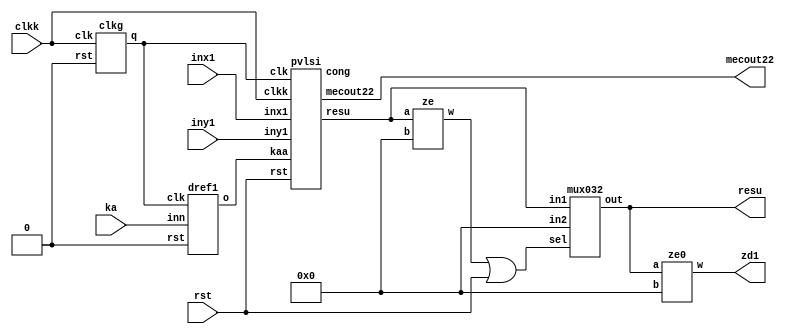

/*-------------------------------------------------------------------------------------------------------------------------------------------------------------------------------------
fadd_sub is the main program
assume clk=2*clkk if clk is 20 then clkk is 10
wirttern in quartus by velmurugan v.m
if any review please mail to velmuruganvm15in@gmail.com
-------------------------------------------------------------------------------------------------------------------------------------------------------------------------------------*/



module fadd_sub(inx1,iny1,ka,clkk,rst,resu,mecout22,zd1);
input[31:0]inx1,iny1;


//module vlsi(ka,clkk,rst,resu,mecout22,zd1);
//wire[31:0]inx1,iny1;
//assign inx1=32'b00111111100000000000000000000000;
//assign iny1=32'b01100001101111000111001100100010;

input clkk,rst;
wire clk;
input ka;
wire kaa,kas;
//mux zxqa(1'b0,clk,rst,kas);
output[31:0]resu;
wire [31:0]presu;
output mecout22;
wire cong,w;
output zd1;
wire xw;
assign xw=w|rst;

clkg a1(clkk,1'b0,clk);
dref1 ada(ka,clk,1'b0,kaa);
//pvlsi p1(inx1,iny1,ka,clk,clkk,rst,resu,mecout22,cong);
pvlsi p1(inx1,iny1,kaa,clk,clkk,rst,presu,mecout22,cong);
ze hj(presu[31:0],32'b00000000000000000000000000000000,w);
mux032 fin(presu,32'b00000000000000000000000000000000,xw,resu);
ze0 zsa(resu,32'b00000000000000000000000000000000,zd1);
endmodule

/*------------------------------------------------------------------------------------------------------------------------------------------------------------
supporting programs
----------------------------------------------------------------------------------------------------------------------------------------------*/





module ze0(a,b,w);
input[31:0]a,b;
wire[31:0]q;
output w;
wire ww;
assign q[31:0]=a[31:0]^b[31:0];
assign ww = q[0] | q[1] | q[2] | q[3] | q[4] | q[5] | q[6] | q[7] | q[8] | q[9] | q[10] | q[11] | q[12] | q[13] | q[14] | q[15] | q[16] | q[17] | q[18] | q[19] | q[20] | q[21] | q[22] | q[23] | q[24] | q[25] | q[26] | q[27] | q[28] | q[29] | q[30] |q[31];

assign w=~ww;
endmodule

/*-----------------------------------------------------------------------------------------------------------------------------------------------------------------------------------------------------------
------------------------------------------------------------------------------------------------------------------------------------------------------------------------------------------------------------------------*/

module pvlsi(inx1,iny1,kaa,clk,clkk,rst,resu,mecout22,cong);
//module pvlsi(inx1,iny1,kaa,clk,clkk,rst,resu,mecout22,cong,presu);

input[31:0]inx1,iny1;
input clk,clkk,rst;
input kaa;
wire ka;
//assign ka=kaa&~rst;
assign ka=kaa;
output [31:0]resu;
output mecout22;
wire [31:0]pfin,pfin1;
wire [23:0]pn;
wire [23:0]fout1;
wire[7:0]exo;
wire [7:0]sa;
wire q7;
wire nex;
wire ow1,ow2;
wire wk;// xor sign bits

wire co1;//control shifting in normalizer
assign co1=~wk&mecout22|ow2;

assign ow2=~wk&ow1;
wire q5,q3;

wire [7:0]sumw;
wire sigm;
wire acc;
wire ft;
output cong;
assign cong=acc|ft;
wire [31:0]ppresu,zx1;
wire [31:0]presu;
wire wq1,wq2;
wire cwq;
assign cwq=wq1|wq2;
wire mcout;


wire [31:0]sy1,resu1;
wire sc=iny1[31]^ka;
assign sy1[31:0]={sc,iny1[30:0]};
wire mc;
wire nex1;
//wire nex2;//wire or output
wire nexxx;
wire nexx2;
assign nexxx=nexx2;
assign wk=inx1[31]^sc;
mux zxq(1'b0,clk,rst,nex1);
assign nexx2=nex|nex1;
//assign mecout22=mc&~rst;
assign mecout22=mc;
vlsis av (inx1,sy1,ka,clk,clkk,rst,q5,q3,pn[23:0],exo,mc,q7,nex,ow1,sigm);
anvlsi a2(pn[23:0],nexx2,rst,co1,fout1,sumw,acc,ft);
adsu8 a3(exo,sumw,wk,sa,mcout);
assign pfin1={sigm,sa[7:0],fout1[22:0]};
mux032 fd(inx1[31:0],sy1[31:0],wq1,zx1[31:0]);
ze zw1 (inx1[31:0],32'b00000000000000000000000000000000,wq1);
ze zw2 (iny1[31:0],32'b00000000000000000000000000000000,wq2);

wire cong1,cong1n;
assign cong1=cong|cwq;
assign cong1n=cong1&~rst;
mux032 fin0(pfin1,zx1[31:0],cwq,presu);
//wire hk,kh;
//ze z1(presu,31'b0000000000000000000000000000000,kh);
//assign hk=cong1|kh;
mux032 fin(32'b00000000000000000000000000000000,presu,cong1,resu);
//mux032 fina(resu1,32'b00000000000000000000000000000000,rst,resu);
endmodule


/*-----------------------------------------------------------------------------------------------------------------------------------------------------------------------------------------------------------
assume clk=2*clkk if clk is 20 then clkk is 10
------------------------------------------------------------------------------------------------------------------------------------------------------------------------------------------------------------------------*/


module mux(in1,in2,sel,out);
input in1,in2,sel;
output out;
wire a,b,c;
assign a=in2&sel;
assign b=~sel;
assign c=in1&b;
assign out=(a|c);
endmodule
module mux032(in1,in2,sel,out);
input[31:0]in2,in1;
input sel;
output[31:0]out;
mux m31(in1[31],in2[31],sel,out[31]);
mux m30(in1[30],in2[30],sel,out[30]);
mux m29(in1[29],in2[29],sel,out[29]);
mux m28(in1[28],in2[28],sel,out[28]);
mux m27(in1[27],in2[27],sel,out[27]);
mux m26(in1[26],in2[26],sel,out[26]);
mux m25(in1[25],in2[25],sel,out[25]);
mux m24(in1[24],in2[24],sel,out[24]);
mux m23(in1[23],in2[23],sel,out[23]);
mux m22(in1[22],in2[22],sel,out[22]);
mux m21(in1[21],in2[21],sel,out[21]);
mux m20(in1[20],in2[20],sel,out[20]);
mux m19(in1[19],in2[19],sel,out[19]);
mux m18(in1[18],in2[18],sel,out[18]);
mux m17(in1[17],in2[17],sel,out[17]);
mux m16(in1[16],in2[16],sel,out[16]);
mux m15(in1[15],in2[15],sel,out[15]);
mux m14(in1[14],in2[14],sel,out[14]);
mux m13(in1[13],in2[13],sel,out[13]);
mux m12(in1[12],in2[12],sel,out[12]);
mux m11(in1[11],in2[11],sel,out[11]);
mux m10(in1[10],in2[10],sel,out[10]);
mux m9(in1[9],in2[9],sel,out[9]);
mux m8(in1[8],in2[8],sel,out[8]);
mux m7(in1[7],in2[7],sel,out[7]);
mux m6(in1[6],in2[6],sel,out[6]);
mux m5(in1[5],in2[5],sel,out[5]);
mux m4(in1[4],in2[4],sel,out[4]);
mux m3(in1[3],in2[3],sel,out[3]);
mux m2(in1[2],in2[2],sel,out[2]);
mux m1(in1[1],in2[1],sel,out[1]);
mux m0(in1[0],in2[0],sel,out[0]);
endmodule

module mux23(in1,in2,sel,out);
input[25:0]in1;
input[25:0]in2;
input sel;
output[25:0]out;
//mux m32(in1[32],in2[32],sel,out[32]);
//mux m31(in1[31],in2[31],sel,out[31]);
//mux m30(in1[30],in2[30],sel,out[30]);
//mux m29(in1[29],in2[29],sel,out[29]);
//mux m28(in1[28],in2[28],sel,out[28]);
//mux m27(in1[27],in2[27],sel,out[27]);
//mux m26(in1[26],in2[26],sel,out[26]);
mux m25(in1[25],in2[25],sel,out[25]);
mux m24(in1[24],in2[24],sel,out[24]);
mux m23(in1[23],in2[23],sel,out[23]);
mux m22(in1[22],in2[22],sel,out[22]);
mux m21(in1[21],in2[21],sel,out[21]);
mux m20(in1[20],in2[20],sel,out[20]);
mux m19(in1[19],in2[19],sel,out[19]);
mux m18(in1[18],in2[18],sel,out[18]);
mux m17(in1[17],in2[17],sel,out[17]);
mux m16(in1[16],in2[16],sel,out[16]);
mux m15(in1[15],in2[15],sel,out[15]);
mux m14(in1[14],in2[14],sel,out[14]);
mux m13(in1[13],in2[13],sel,out[13]);
mux m12(in1[12],in2[12],sel,out[12]);
mux m11(in1[11],in2[11],sel,out[11]);
mux m10(in1[10],in2[10],sel,out[10]);
mux m9(in1[9],in2[9],sel,out[9]);
mux m8(in1[8],in2[8],sel,out[8]);
mux m7(in1[7],in2[7],sel,out[7]);
mux m6(in1[6],in2[6],sel,out[6]);
mux m5(in1[5],in2[5],sel,out[5]);
mux m4(in1[4],in2[4],sel,out[4]);
mux m3(in1[3],in2[3],sel,out[3]);
mux m2(in1[2],in2[2],sel,out[2]);
mux m1(in1[1],in2[1],sel,out[1]);
mux m0(in1[0],in2[0],sel,out[0]);
endmodule
module muxm23(in1,in2,sel,out,ow);
input[22:0]in1;
input[25:0]in2;
input sel;
output[25:0]out;
input ow;
wire ooz;
mux mw(1'b1,1'b0,ow,ooz);
//mux m31(1'b0,in2[32],sel,out[32]);
//mux m30(1'b0,in2[31],sel,out[31]);
//mux m29(1'b0,in2[30],sel,out[30]);
//mux m28(1'b0,in2[29],sel,out[29]);
//mux m27(1'b0,in2[28],sel,out[28]);
//mux m26(1'b0,in2[27],sel,out[27]);
//mux m25(1'b0,in2[26],sel,out[26]);
mux m24(1'b0,in2[25],sel,out[25]);
mux m23(ooz,in2[24],sel,out[24]);
mux m22(in1[22],in2[23],sel,out[23]);
mux m21(in1[21],in2[22],sel,out[22]);
mux m20(in1[20],in2[21],sel,out[21]);
mux m19(in1[19],in2[20],sel,out[20]);
mux m18(in1[18],in2[19],sel,out[19]);
mux m17(in1[17],in2[18],sel,out[18]);
mux m16(in1[16],in2[17],sel,out[17]);
mux m15(in1[15],in2[16],sel,out[16]);
mux m14(in1[14],in2[15],sel,out[15]);
mux m13(in1[13],in2[14],sel,out[14]);
mux m12(in1[12],in2[13],sel,out[13]);
mux m11(in1[11],in2[12],sel,out[12]);
mux m10(in1[10],in2[11],sel,out[11]);
mux m9(in1[9],in2[10],sel,out[10]);
mux m8(in1[8],in2[9],sel,out[9]);
mux m7(in1[7],in2[8],sel,out[8]);
mux m6(in1[6],in2[7],sel,out[7]);
mux m5(in1[5],in2[6],sel,out[6]);
mux m4(in1[4],in2[5],sel,out[5]);
mux m3(in1[3],in2[4],sel,out[4]);
mux m2(in1[2],in2[3],sel,out[3]);
mux m1(in1[1],in2[2],sel,out[2]);
mux m0(in1[0],in2[1],sel,out[1]);
mux m00(1'b0,in2[0],sel,out[0]);
endmodule
module unshift(x1,a,clk,rst,sel,selc,out,ow);//main shift module
input [22:0]x1;
input a,clk,rst,sel,selc,ow;
output[23:0]out;

wire[25:0] mu;
wire[25:0] mu1;
assign mu1[25:0]={a,mu[25:1]};//{in,rreg[22:1]} {rreg[21:0],in}

wire [25:0]rnex1;
wire [25:0]rnex1a;
wire [25:0]rnex2;
wire [25:0]oo;
assign rnex1a[25:0]={rnex1[24:0],a};
mux23 a1(mu,mu1,~sel,rnex1);
mux23 a2(rnex1,rnex1a,sel,rnex2);
dref d1(rnex2,clk,rst,oo);
muxm23 a3(x1,oo,selc,mu,ow);
assign out[23:0]=mu[23:0];
endmodule
module dref(inn,clk,rst,o);
input [25:0]inn;
input clk,rst;
//wire rst;
output [25:0]o;
reg [25:0]o;
always @(posedge clk)
begin 
if (rst)
begin
o<=25'b0000000000000000000000000;
end
else
begin
o<=inn;
end 
end
endmodule
module dref1(inn,clk,rst,o);
input inn;
input clk,rst;
//wire rst;
output o;
reg o;
always @(posedge clk)
begin 
if (rst)
begin
o<=1'b0;
end
else
begin
o<=inn;
end 
end
endmodule
/*//this is to test working of shift-module
module vlsi (x1,a,clk,rst,sel,selc,out);
input [22:0]x1;
input a,clk,rst,sel,selc;
output[22:0]out;
unshift mo (23'b10011101001010101010010,a,clk,rst,sel,selc,out);
endmodule
*/
//---------------------------------------------------------------------------
// clock generating module 
//---------------------------------------------------------------------------
module comp(am1,bm1,iou);// a should be higher value
input [7:0]am1;
input [7:0]bm1;
//output om1;
wire ou;
output iou;
wire fn1,fn2,fn3,fn4,fn5;
wire f1,f2,f3,f4,f5,f6,f7,f8;
wire f0;
assign f0=~(am1[0]^bm1[0]);

assign f1=~(am1[1]^bm1[1]);
assign f2=~(am1[2]^bm1[2]);
assign f3=~(am1[3]^bm1[3]);
assign f4=~(am1[4]^bm1[4]);
assign f5=~(am1[5]^bm1[5]);
assign f6=~(am1[6]^bm1[6]);
assign f7=~(am1[7]^bm1[7]);
wire [7:0]ai;
wire [7:0]l;
assign ai[0]=~am1[0];
assign ai[1]=~am1[1];
assign ai[2]=~am1[2];
assign ai[3]=~am1[3];
assign ai[4]=~am1[4];
assign ai[5]=~am1[5];
assign ai[6]=~am1[6];
assign ai[7]=~am1[7];

assign l[0]=bm1[7] & ai[7];
assign l[1]=f7&bm1[6] & ai[6];
assign l[2]=f7&f6&bm1[5] & ai[5];
assign l[3]=f7&f6&f5&bm1[4] & ai[4];
assign l[4]=f7&f6&f5&f4&bm1[3] & ai[3];
assign l[5]=f7&f6&f5&f4&f3&bm1[2] & ai[2];
assign l[6]=f7&f6&f5&f4&f3&f2&bm1[1] & ai[1];
assign l[7]=f7&f6&f5&f4&f3&f2&f1&bm1[0] & ai[0];
wire la1,la2,la3;
assign la1=~(l[0]|l[1]|l[2]|l[3]|l[4]|l[5]|l[6]|l[7]);
assign la3=la1;
assign iou=la3;																																	//assign l[1]=f3 & bm1[2] & ai[2];																																//assign l[2]=f3 & f2 & bm1[1] & ai[1];																																//assign l[3]=f3 & f2 & f1 & bm1[0] & ai[0]
endmodule

module vlsic(
//module fadd_sub(
    Clk,
    reset,
    UpOrDown,  
    sumw
    );
	 input Clk,reset,UpOrDown;
	 output [7:0]sumw;
   countem m1(Clk,reset,UpOrDown,sumw);
endmodule




module countem(clk,rst,upd,sumw);
input clk,rst,upd;
output [7:0]sumw;
wire [7:0]in1,in2;
wire mcout;
adsu8 a1(in1,8'b00000001,upd,in2,mcout);
dref18 a2(in2,clk,rst,in1);
assign sumw=in1;
endmodule


module subm (ba1,clkk,upd,oz
,sumv
);
//module check (ba1,clkk,upd,oz
//,sumv
//);
wire [7:0]inp;
input [7:0]ba1;
input clkk,upd;
output oz;
output [7:0]sumv ;//for checking
wire rst;
comp c1(inp[7:0],ba1[7:0],rst);
vlsic a2(clkk,rst,upd,inp[7:0]);
assign oz=rst;
assign sumv[7:0]=inp[7:0];  //for checking
endmodule

module defl(inn,clk,rst,o);
input inn;
input clk,rst;
//wire rst;
output o;
reg o;
always @( posedge clk)
begin 
if (rst)
begin
o<=1'b0;
end
else
begin
o<=inn;
end 
end
endmodule
//fsm

module fsm
 (
  input rst,
  input clk,
  input x,
  output sy
);
wire a,aa,b,c,d,e,f,d1,d2,y1,y2;
wire sd1,sd2,sd3,sd4,sd5,sd6;
wire my;
wire reset,rst1;
assign reset=rst1|rst;
mux am1(x,1'b0,reset,a);
dref1 ad1(d1,clk,reset,y1);
dref1 rd1(sy,clk,reset,rst1);
dref1 ad2(d2,clk,reset,y2);
assign sd1=y1&~y2&~a;
assign sd2=y2&~y1&~a;
assign sd3=a&~y1&~y2;
wire sd7;
assign sd7=a&y2&~y1;

assign sd4=y1&a&~y2;
assign sd5=y1&~y2&~a;
assign sd6=y1&y2&~a;
wire mq,mq1;
wire y3,y4;
assign mq=y2&y1&~a;
assign mq1=y3&y4&~a;
assign my=mq1|mq;
assign d1=sd1|sd2;
assign d2=sd3|sd4|sd5|sd6|sd7;

dref1 bd1(y1,clk,reset,y3);
dref1 bd2(y2,clk,reset,y4);
mux am2(my,1'b0,reset,sy);
endmodule

module conm ( clk,set, reset, q);
input  clk;
  input  set;
  input reset;
  output  q;

  reg q;

  always @(posedge clk) begin
    if (set)
      q <= 1'b1;
    else if (reset)
      q <= 1'b0;
  end

endmodule
module cmux8(in1,in2,sel,out);
input[7:0]in1;
input[7:0]in2;
input sel;
output[7:0]out;
mux m7(in1[7],in2[7],sel,out[7]);
mux m6(in1[6],in2[6],sel,out[6]);
mux m5(in1[5],in2[5],sel,out[5]);
mux m4(in1[4],in2[4],sel,out[4]);
mux m3(in1[3],in2[3],sel,out[3]);
mux m2(in1[2],in2[2],sel,out[2]);
mux m1(in1[1],in2[1],sel,out[1]);
mux m0(in1[0],in2[0],sel,out[0]);
endmodule
///



module cge(im,clk,clkk,rst,upd,mou,q3,q5,nex1,q7,ow1);
//module vlsi(im,clk,clkk,rst,upd,mou,out,q1,q0,c1,out1,rstt,copo1,q2,q3,cop,copo3,q4,q5,c2,copo4,c3,c4,q6,q7,op2,nex);
input[7:0]im;
input clk,clkk,rst,upd;
output mou;
output nex1;
output q3,q5,q7;
output ow1;

//
wire out1,rstt;
wire[7:0]summ;
wire out;
wire q1;
wire q0;
wire[7:0]c1;
wire [7:0]c2;
wire [7:0]c3;
wire cop;

wire ow;



assign ow1=~ow;
wire [7:0]imm;
wire we;
assign we=q7|ow1;
wire df;

wire m1;
wire er;
assign er=q5^ow1;
wire op1;
wire mout;
//output copo1,copo2,copo3,copo4;//cop output
wire copo1,copo3,copo4;//cop output
wire q2;
wire q4;
wire [7:0]c4;
wire op2;
//
wire q6;
//
assign df=copo1;

//
assign cop=out;//copy out
//assign mout=copo4;
mux ma1a1(1'b1,1'b0,rstt,out1);
subm s1(c1,clk,upd,rstt,summ[7:0]);
mux mm1(out1,1'b0,clk,out); // very long clock signal
fsm fs0(rst,clkk,out,q0);
conm ma1(clkk,q0,rst,q1); //s1
cmux8 cm1(8'b00000001,c2,q1,c1);
mux m2(cop,1'b0,~q1,copo1);// donot change invert position
//
fsm f1(rst,clkk,copo1,q2);
conm ma2(clkk,q2,rst,q3); //s1
//mux m3(copo1,1'b0,q3,copo2);
//
//take copo1
mux m4(copo1,1'b0,~q3,copo3);
cmux8 cm2(8'b00000001,c3,q3,c2);
//
fsm f2(rst,clkk,copo3,q4);
conm ma3(clkk,q4,rst,q5); //s2
//
mux m5(copo1,1'b0,~q5,copo4);//can be q5 or q4
expr wes(8'b00000000,im,ow);
cmux8 cm24(im,8'b00011010,ow1,imm);
cmux8 cm3(imm,c4,q5,c3);


//
wire copo5;
assign copo5=copo4;
fsm ff2(rst,clkk,copo5,q6);
conm mad3(clkk,q6,rst,q7); //s3

cmux8 cm224(8'b00011010,8'b00000000,we,c4);

//

mux m50(df,1'b0,er,m1);
defl dfg(1'b1,clkk,rst,op1);
mux mw(m1,op1,ow1,op2);

//mux mi(mm,1'b0,q3,m1);//can be q5 or q4
assign mou=op2;
wire nex,mq;
assign nex=copo3;
mux mw0a(1'b1,q5,~ow1,mq);
mux mw1a(1'b0,nex,mq,nex1);
endmodule

/*---------------------------------------------------------------------------------------------------------------------//
clock cycle generator finished take copo4 and q3
-----------------------------------------------------------------------------------------------------------------------*/
module cges(in,im,clk,clkk,rst,out,q3,q5,q7,nex,ow1);//cges
input[22:0]in;
input[7:0]im;
input clk,clkk,rst;
output[23:0]out;
output q5,q3,q7,nex;
wire mout;
output ow1;
wire sel;
cge c1(im,clk,clkk,rst,1'b0,mout,q3,q5,nex,q7,ow1);//(im,clk,clkk,rst,upd,mou,q3,q5,nex,q7);
unshift u1(in,1'b0,mout,rst,sel,q3,out,ow1);
endmodule

/*------------------------------------------------------------------------------------------------------------
clock generate and shift has been finished waveform 1 to check it //fadd_sub//cges//
--------------------------------------------------------------------------------------------------------------*/
module muxs (
  input wire a,
  input wire b,
  input wire select,
  output wire out_a,
  output wire out_b
);

  // Connect the inputs and outputs
  assign out_a = (b & select) | (a & ~select);
  assign out_b = (a & select) | (b & ~select);

endmodule

module mux32 (
  input wire [31:0] in1,
  input wire [31:0] in2,
  input wire sel,
  output wire [31:0] out1,
  output wire [31:0] out2
);
  genvar i;
  generate
    for (i = 0; i <= 31; i = i + 1) begin : gen_muxs
      muxs m (
        .a(in1[i]),
        .b(in2[i]),
        .select(sel),
        .out_a(out1[i]),
        .out_b(out2[i])
      );
    end
  endgenerate
endmodule

module mux023 (
  input wire [23:0] in1,
  input wire [23:0] in2,
  input wire sel,
  output wire [23:0] out1,
  output wire [23:0] out2
);
  genvar i;
  generate
    for (i = 0; i <= 23; i = i + 1) begin : gen_muxs
      muxs m (
        .a(in1[i]),
        .b(in2[i]),
        .select(sel),
        .out_a(out1[i]),
        .out_b(out2[i])
      );
    end
  endgenerate
endmodule


module comp22(
  input [22:0] am1,
  input [22:0] bm1,
  output wire iou
);//b should be greater value
  wire [22:0] ai;
  wire [22:0] l;
  wire f0, f1, f2, f3, f4, f5, f6, f7, f8, f9, f10, f11, f12, f13, f14, f15, f16, f17, f18, f19, f20, f21, f22 ;
  assign f0 = ~(am1[0] ^ bm1[0]);
  assign f1 = ~(am1[1] ^ bm1[1]);
  assign f2 = ~(am1[2] ^ bm1[2]);
  assign f3 = ~(am1[3] ^ bm1[3]);
  assign f4 = ~(am1[4] ^ bm1[4]);
  assign f5 = ~(am1[5] ^ bm1[5]);
  assign f6 = ~(am1[6] ^ bm1[6]);
  assign f7 = ~(am1[7] ^ bm1[7]);
  assign f8 = ~(am1[8] ^ bm1[8]);
  assign f9 = ~(am1[9] ^ bm1[9]);
  assign f10 = ~(am1[10] ^ bm1[10]);
  assign f11 = ~(am1[11] ^ bm1[11]);
  assign f12 = ~(am1[12] ^ bm1[12]);
  assign f13 = ~(am1[13] ^ bm1[13]);
  assign f14 = ~(am1[14] ^ bm1[14]);
  assign f15 = ~(am1[15] ^ bm1[15]);
  assign f16 = ~(am1[16] ^ bm1[16]);
  assign f17 = ~(am1[17] ^ bm1[17]);
  assign f18 = ~(am1[18] ^ bm1[18]);
  assign f19 = ~(am1[19] ^ bm1[19]);
  assign f20 = ~(am1[20] ^ bm1[20]);
  assign f21 = ~(am1[21] ^ bm1[21]);
  assign f22 = ~(am1[22] ^ bm1[22]);
  assign ai[0] = ~am1[0];
  assign ai[1] = ~am1[1];
  assign ai[2] = ~am1[2];
  assign ai[3] = ~am1[3];
  assign ai[4] = ~am1[4];
  assign ai[5] = ~am1[5];
  assign ai[6] = ~am1[6];
  assign ai[7] = ~am1[7];
  assign ai[8] = ~am1[8];
  assign ai[9] = ~am1[9];
  assign ai[10] = ~am1[10];
  assign ai[11] = ~am1[11];
  assign ai[12] = ~am1[12];
  assign ai[13] = ~am1[13];
  assign ai[14] = ~am1[14];
  assign ai[15] = ~am1[15];
  assign ai[16] = ~am1[16];
  assign ai[17] = ~am1[17];
  assign ai[18] = ~am1[18];
  assign ai[19] = ~am1[19];
  assign ai[20] = ~am1[20];
  assign ai[21] = ~am1[21];
  assign ai[22] = ~am1[22];
assign l[0]=bm1[22] & ai[22];
assign l[1]=f22&bm1[21] & ai[21];
assign l[2]=f22&f21&bm1[20] & ai[20];
assign l[3]=f22&f21&f20&bm1[19] & ai[19];
assign l[4]=f22&f21&f20&f19&bm1[18] & ai[18];
assign l[5]=f22&f21&f20&f19&f18&bm1[17] & ai[17];
assign l[6]=f22&f21&f20&f19&f18&f17&bm1[16] & ai[16];
assign l[7]=f22&f21&f20&f19&f18&f17&f16&bm1[15] & ai[15];
assign l[8]=f22&f21&f20&f19&f18&f17&f16&f15&bm1[14] & ai[14];
assign l[9]=f22&f21&f20&f19&f18&f17&f16&f15&f14&bm1[13] & ai[13];
assign l[10]=f22&f21&f20&f19&f18&f17&f16&f15&f14&f13&bm1[12] & ai[12];
assign l[11]=f22&f21&f20&f19&f18&f17&f16&f15&f14&f13&f12&bm1[11] & ai[11];
assign l[12]=f22&f21&f20&f19&f18&f17&f16&f15&f14&f13&f12&f11&bm1[10] & ai[10];
assign l[13]=f22&f21&f20&f19&f18&f17&f16&f15&f14&f13&f12&f11&f10&bm1[9] & ai[9];
assign l[14]=f22&f21&f20&f19&f18&f17&f16&f15&f14&f13&f12&f11&f10&f9&bm1[8] & ai[8];
assign l[15]=f22&f21&f20&f19&f18&f17&f16&f15&f14&f13&f12&f11&f10&f9&f8&bm1[7] & ai[7];
assign l[16]=f22&f21&f20&f19&f18&f17&f16&f15&f14&f13&f12&f11&f10&f9&f8&f7&bm1[6] & ai[6];
assign l[17]=f22&f21&f20&f19&f18&f17&f16&f15&f14&f13&f12&f11&f10&f9&f8&f7&f6&bm1[5] & ai[5];
assign l[18]=f22&f21&f20&f19&f18&f17&f16&f15&f14&f13&f12&f11&f10&f9&f8&f7&f6&f5&bm1[4] & ai[4];
assign l[19]=f22&f21&f20&f19&f18&f17&f16&f15&f14&f13&f12&f11&f10&f9&f8&f7&f6&f5&f4&bm1[3] & ai[3];
assign l[20]=f22&f21&f20&f19&f18&f17&f16&f15&f14&f13&f12&f11&f10&f9&f8&f7&f6&f5&f4&f3&bm1[2] & ai[2];
assign l[21]=f22&f21&f20&f19&f18&f17&f16&f15&f14&f13&f12&f11&f10&f9&f8&f7&f6&f5&f4&f3&f2&bm1[1] & ai[1];
assign l[22]=f22&f21&f20&f19&f18&f17&f16&f15&f14&f13&f12&f11&f10&f9&f8&f7&f6&f5&f4&f3&f2&f1&bm1[0] & ai[0];
wire la1;
assign la1 = ~(l[0] | l[1] | l[2] | l[3] | l[4] | l[5] | l[6] | l[7] | l[8] | l[9] | l[10] | l[11] | l[12] | l[13] | l[14] | l[15] | l[16] | l[17] | l[18] | l[19] | l[20] | l[21] | l[22]);
//assign la3=la1;
assign iou=~la1;
endmodule
module adsu8(x1, y1, k, sa, mcout);
  input [7:0] x1, y1;
  input k;
  output [7:0] sa;
  output mcout;
  wire [7:0] y1;
  wire [7:0] s;
  wire [7:0] cout;
faa fa1(x1[0], {y1[0]^k}, k, s[0], cout[0]);
  // Generate block to handle the loop
  genvar j;
  generate
    for (j = 1; j <= 7; j = j + 1) begin : sas
      faa fa_inst(x1[j], y1[j] ^ k, cout[j-1], s[j], cout[j]);
    end
  endgenerate
  assign sa = s;
  assign mcout = cout[7];
endmodule
module faa(x, y, k, sum1, cout);
  input x, y, k;
  output sum1, cout;

  wire w1, w2, w3;

  assign w1 = x ^ y;
  assign sum1 = w1 ^ k;
  assign w2 = x & y;
  assign w3 = w1 & k;
  assign cout = w2 | w3;
endmodule
module smux8 (input [7:0] in1, in2, input sel, output [7:0]out);
  genvar i;
  generate
    for (i = 0; i <= 7; i = i + 1) begin : gen_mux
      mux m (.in1(in1[i]), .in2(in2[i]), .sel(sel), .out(out[i]));
    end
  endgenerate
endmodule

module smux (input [22:0] in1, in2, input sel, output [22:0] out);
  genvar i;
  generate
    for (i = 0; i <= 22; i = i + 1) begin : gen_mux
      mux m (.in1(in1[i]), .in2(in2[i]), .sel(sel), .out(out[i]));
    end
  endgenerate
endmodule



module smux23i (input [23:0] in1, in2, input sel, output [23:0] out);
  genvar i;
  generate
    for (i = 0; i <= 22; i = i + 1) begin : gen_mux
      mux m (in1[i], ~in2[i], sel, out[i]);
    end
  endgenerate

  mux m11 (in1[23], ~in2[23], sel, out[23]);
endmodule




//






module smux23 (input [23:0] in1, in2, input sel, output [23:0] out);
  genvar i;
  generate
    for (i = 0; i <= 22; i = i + 1) begin : gen_mux
      mux m (.in1(in1[i]), .in2(in2[i]), .sel(sel), .out(out[i]));
    end
  endgenerate
endmodule
module adsu23(x1, y1, k, sa, mcout);
  input [23:0] x1, y1;
  input k;
  output [23:0] sa;
  output mcout;
  wire [23:0] y1;
  wire [23:0] s;
  wire [23:0] cout;
faa fa1(x1[0], {y1[0]^k}, k, s[0], cout[0]);
  // Generate block to handle the loop
  genvar j;
  generate
    for (j = 1; j <= 23; j = j + 1) begin : sas
      faa fa_inst(x1[j], y1[j] ^ k, cout[j-1], s[j], cout[j]);
    end
  endgenerate

  assign sa = s;
  assign mcout = cout[23];//cout[23]
endmodule

//module fadd_subk(inx1,iny1,clk,clkk,rst,ka,fout1,q3,q5);


//module vclsi(inx1,iny1,clk,clkk,rst,ka,fout1,q3,q5,outms1,outms2,outms3,fout0,q7,nex,ow1);
//module fadd_sub(inx1,iny1,clk,clkk,rst,cgein);
module bvlsi(inx1,iny1,ka,clk,clkk,rst,q5,q3,fout1,exo,mecouto,q7,nex,ow1,wuxr,wr,sigm);
input[31:0]inx1,iny1;
wire [31:0]x1,y1;
wire iou,selm;
input clk,clkk,rst;
wire [7:0]fout;
wire [7:0]fout2;
wire [7:0]cgein;
wire [22:0]o1;
wire [23:0]fout0;
output [23:0]fout1;
input ka;
output [7:0]exo;
output q7,nex,ow1;
//wire [23:0]outms;
wire [23:0]outms;
output q5,q3;
//
//
//wire [23:0]outq1;
wire [23:0]outq1;

//
wire [23:0]outms1;

//
wire [23:0]sa1;
//
wire [23:0]outms2;
//output [23:0]outms2;
wire [23:0]sa0;
//
wire [23:0]sa2;

//wire [23:0]sa3;
wire [23:0]sa3;
wire [23:0]ma1;
wire gsel;
assign gsel={x1[31]|y1[31]};
wire mcout8,mecout,mecouti,mecout022;
wire [22:0]outnms;
//
wire b;
wire [23:0]outms3;
wire [23:0]saa0;
//output [23:0]outms3;
wire kaa;
assign kaa=x1[31]^y1[31];
output wr;
output wuxr;
output mecouto;
assign mecouto=mecout022;
//output [23:0]outms1;
//

//output wum;
assign outq1={1'b1,outnms};
//conm mazz3(clkkk,wuxr,rst,wum);
mux wwu (1'b1,1'b0,mecout022,wuxr);
assign wr=kaa&wuxr&fout0[22];//fout0[22]
//assign wr=kaa|wuxr|fout0[22];
comp22 xq(inx1[22:0],iny1[22:0],iou);
mux32 az(inx1[31:0],iny1[31:0],iou,x1[31:0],y1[31:0]);//x1 will come as highest
comp ma (x1[30:23],y1[30:23],selm);//a should be higher value to get 1
smux8 fou ( x1[30:23],y1[30:23],~selm,fout[7:0]);
smux8 fou1 (x1[30:23],y1[30:23],selm,fout2[7:0]);
adsu8 f1(fout[7:0],fout2[7:0],1'b1,cgein,mcout8);
smux sm (x1[22:0],y1[22:0],selm,o1[22:0]);
cges cgea1(o1[22:0],cgein,clk,clkk,rst,outms[23:0],q3,q5,q7,nex,ow1);
smux bi22(x1[22:0],y1[22:0],~selm,outnms[22:0]);

// constant
wire ssa1,ssa2,sab0;
mux zo10 (1'b0,1'b1,kaa,ssa1);
assign sa1={23'b00000000000000000000000,ssa1};
smux23i s231(outms[23:0],outms[23:0],kaa,outms1);
//
adsu23 ad231(outms1,sa1,1'b0,sa0, mecout);
//
//mux zo11 (1'b0,1'b1,y1[31],ssa2);
//assign sa2={23'b00000000000000000000000,ssa2};
//smux23i s21(outq1,outq1,y1[31],outms2);
////
//adsu23 ad21(outms2,sa2,1'b0,sa3,mecout);
//dd
adsu23 yj(outq1,sa0,mecout,fout0[23:0],mecout022);
//
mux zo12 (1'b0,1'b1,wr,sab0);
assign saa0={23'b00000000000000000000000,sab0};
smux23i s232(fout0[23:0],fout0[23:0],wr,outms3);
//
adsu23 ad232(outms3,saa0,1'b0,fout1,mecouti);
assign exo=fout[7:0];

wire sig3,sig4;
output sigm;
muxs si2(x1[31],y1[31],~selm,sig3,sig4);
mux si1m(sig3,x1[31],ow1,sigm);

endmodule

module vlsis(inx1,iny1,ka,clk,clkk,rst,q5,q3,fout1,exo,mecout22,q7,nex,ow1,sigm);
input[31:0]inx1,iny1;
input clk,clkk,rst;
output [23:0]fout1;
output q7,nex;
output ow1;
output q5,q3;
input ka;
wire wuxr,wr;
wire ssa1;
output [7:0]exo;
output mecout22;
wire [23:0]fout0;
output sigm;
bvlsi v(inx1,iny1,ka,clk,clkk,rst,q5,q3,fout0[23:0],exo[7:0],mecout22,q7,nex,ow1,wuxr,wr,sigm);//(inx1,iny1,ka,clk,clkk,rst,q5,q3,fout1,exo,q7,nex,ow1,wuxr,wr);
mux co (fout0[23],~fout0[23],ow1,ssa1);
assign fout1[23:0]={ssa1,fout0[22:0]};
//bvlsi v(32'b01000010101101011011110101110001,32'b11000001001100001100110011001101,ka,clk,clkk,rst,q5,q3,fout1,q7,nex,ow1,fout0,wuxr,wr);//90.87 -11.05
//bvlsi v(32'b01000010100111111010001111011000,32'b11000001001100001100110011001101,ka,clk,clkk,rst,q5,q3,fout1,q7,nex,ow1,fout0,wuxr,wr);//79.82 -11.05
//bvlsi v(32'b01000010100010011000101000111101,32'b11000001001100001100110011001101,ka,clk,clkk,rst,q5,q3,fout1,q7,nex,ow1,fout0,wuxr,wr);//68.77 -11.05
//bvlsi v(32'b01000010111100111100110011001101,32'b11000001001100001100110011001101,ka,clk,clkk,rst,q5,q3,fout1,q7,nex,ow1,fout0,wuxr,wr);//121.90 -11.05 01000001010000001111010111000011
//bvlsi v(32'b01000001010000001111010111000011,32'b01000001001100001100110011001101,ka,clk,clkk,rst,q5,q3,fout1,q7,nex,ow1,fout0,wuxr,wr);//12.06 -11.05
//bvlsi v(32'b01000001101110001110000101001000,32'b11000001001100001100110011001101,ka,clk,clkk,rst,q5,q3,fout1,q7,nex,ow1,fout0,wuxr,wr);
//bvlsi v(32'b01000001101110001110000101001000,32'b11000001100110000010100011110110,ka,clk,clkk,rst,q5,q3,fout1,q7,nex,ow1,fout0,wuxr,wr);//-19.02 +23.11
//bvlsi v(32'b01000010010100010111000010100100,32'b11000010010001000111101011100001,ka,clk,clkk,rst,q5,q3,fout1,q7,nex,ow1,fout0,wuxr,wr);//53.36 -49.12
//bvlsi v(32'b01000010101100101110011001100110,32'b01000010101000100000101000111101,ka,clk,clkk,rst,q5,q3,fout1,q7,nex,ow1,fout0,wuxr,wr);//89.45 -81.02
endmodule




module expr(a,b,o);
input [7:0]a,b;
output o;
wire q,w,e,r,t,y,u,i;
assign q=a[7]^b[7];
assign w=a[6]^b[6];
assign e=a[5]^b[5];
assign r=a[4]^b[4];
assign t=a[3]^b[3];
assign y=a[2]^b[2];
assign u=a[1]^b[1];
assign i=a[0]^b[0];
assign o={q|w|e|r|t|y|u|i};
endmodule


module dref18(inn,clk,rst,o);
input [7:0]inn;
input clk,rst;
//wire rst;
output [7:0]o;
reg [7:0]o;
always @(posedge clk)
begin 
if (rst)
begin
o<=8'b00000000;
end
else
begin
o<=inn;
end 
end
endmodule
module dref23(inn,clk,rst,o);
input [23:0]inn;
input clk,rst;
//wire rst;
output [23:0]o;
reg [23:0]o;
always @(posedge clk)
begin 
if (rst)
begin
o<=24'b000000000000000000000000;
end
else
begin
o<=inn;
end 
end
endmodule



module nmux23(in1,in2,sel,out);
input[23:0]in1;
input[23:0]in2;
input sel;
output[23:0]out;
mux m23(in1[23],in2[23],sel,out[23]);
mux m22(in1[22],in2[22],sel,out[22]);
mux m21(in1[21],in2[21],sel,out[21]);
mux m20(in1[20],in2[20],sel,out[20]);
mux m19(in1[19],in2[19],sel,out[19]);
mux m18(in1[18],in2[18],sel,out[18]);
mux m17(in1[17],in2[17],sel,out[17]);
mux m16(in1[16],in2[16],sel,out[16]);
mux m15(in1[15],in2[15],sel,out[15]);
mux m14(in1[14],in2[14],sel,out[14]);
mux m13(in1[13],in2[13],sel,out[13]);
mux m12(in1[12],in2[12],sel,out[12]);
mux m11(in1[11],in2[11],sel,out[11]);
mux m10(in1[10],in2[10],sel,out[10]);
mux m9(in1[9],in2[9],sel,out[9]);
mux m8(in1[8],in2[8],sel,out[8]);
mux m7(in1[7],in2[7],sel,out[7]);
mux m6(in1[6],in2[6],sel,out[6]);
mux m5(in1[5],in2[5],sel,out[5]);
mux m4(in1[4],in2[4],sel,out[4]);
mux m3(in1[3],in2[3],sel,out[3]);
mux m2(in1[2],in2[2],sel,out[2]);
mux m1(in1[1],in2[1],sel,out[1]);
mux m0(in1[0],in2[0],sel,out[0]);
endmodule



//module vlsi(in,clk,rst,aa,o,sumw);//normalizer circuit

module anvlsi(in,clk,rst,aa,o,sumw,acc,ft0);//normalizer circuit anvlsi
input [23:0]in;
input rst,aa;
input clk;
output[23:0]o;
wire a;
wire[23:0] mu;
wire[23:0] mu1;
assign mu1[23:0]={a,mu[23:1]};//{in,rreg[22:1]} {rreg[21:0],in}
wire [23:0]rnex1;
wire [23:0]rnex1a;
wire [23:0]rnex2;
wire [23:0]oo;
wire esel,ol;
wire coclk,clk1;
wire clkm;
wire sel;
output[7:0]sumw;
wire[7:0]sumw1;
wire[7:0]sumw2;
wire ft;
wire ac;
wire esel1;
output acc;
wire accx,dd,dda;
wire esel2,ed1,ed2;
assign ac=o[23];
defl ad01(ac,clkm,rst,ed1);
defl ad02(ed1,clkm,rst,accx);

assign rnex1a[23:0]={rnex1[22:0],a};
nmux23 a1(mu,mu1,~sel,rnex1);
nmux23 a2(rnex1,rnex1a,sel,rnex2);
dref23 d1(rnex2,coclk,rst,oo);
nmux23 a3(in,oo,esel1,mu);
defl ad1(1'b1,clkm,rst,ol);
defl ad2(ol,clkm,rst,esel1);
//defl ade(esel1,clkm,rst,esel2);
assign o[23:0]=mu[23:0];


//
//wire ass,as;
//
//
//assign ass=(in[23]&aa);
//assign as=~ass;
//mux m9(as,1'b1,~esel1,sd);

//
mux m8(in[23],1'b0,aa,ft);
mux m7(clk,1'b0,ft,clkm);
mux m1(clkm,1'b0,o[23],clk1);
mux m2(clk1,esel,aa,coclk);
mux m3(1'b0,1'b1,aa,a);
wire mcout;
mux m4(1'b1,1'b0,aa,sel);
mux m6(clkm,1'b0,esel1,esel);
//mux m5(1'b0,clkm,esel,clk);
counte cc1(coclk,rst,sumw1);
adsu8  jk(sumw1,8'b00000001,1'b1,sumw2,mcout);
smux8 hj(sumw2,8'b00000000,ft,sumw);
output ft0;
//output xft;
//assign xft=ft;
defl adb1(ft,clk,rst,ft0);

assign acc=dd|accx;
zde  dfd(8'b00010110,sumw,dda);
conm dds(clk,dda,rst,dd);
endmodule



//
module counte(clk,rst,sumw);
input clk,rst;
output [7:0]sumw;
wire mcout;
wire [7:0]in1,in2;
adsu8 a1(in1,8'b00000001,1'b0,in2,mcout);
dref18 a2(in2,clk,rst,in1);
assign sumw=in1;
endmodule



module clkg (clk,rst,q);
input clk;
input rst;
output q;
wire o;
wire oo;
assign oo=~o;
defl d1(oo,clk,rst,o);
assign q=o;
endmodule


module ze(a,b,w);
input[31:0]a,b;
wire[31:0]q;
output w;
wire ww;
assign q[30:0]=a[30:0]^b[30:0];
assign ww = q[0] | q[1] | q[2] | q[3] | q[4] | q[5] | q[6] | q[7] | q[8] | q[9] | q[10] | q[11] | q[12] | q[13] | q[14] | q[15] | q[16] | q[17] | q[18] | q[19] | q[20] | q[21] | q[22] | q[23] | q[24] | q[25] | q[26] | q[27] | q[28] | q[29] | q[30];

assign w=~ww;
endmodule

module zde(a,b,w);
input[7:0]a,b;
wire[7:0]q;
output w;
wire ww;
assign q[7:0]=a[7:0]^b[7:0];
assign ww = q[0] | q[1] | q[2] | q[3] | q[4] | q[5] | q[6] | q[7];
assign w=~ww;
endmodule